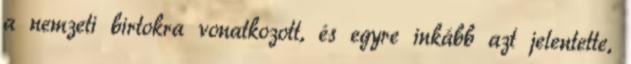
a nemzeti birtokra vonatkozott, és egyre inkább azt jelentette,